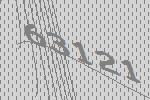
63121